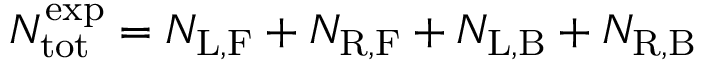
N _ { \mathrm { t o t } } ^ { \mathrm { e x p } } = N _ { \mathrm { L , F } } + N _ { \mathrm { R , F } } + N _ { \mathrm { L , B } } + N _ { \mathrm { R , B } }